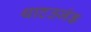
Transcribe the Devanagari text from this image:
थाटउजंड